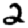
Digit: 2